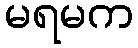
မရမက